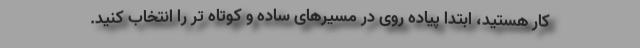
کار هستید، ابتدا پیاده روی در مسیرهای ساده و کوتاه تر را انتخاب کنید.